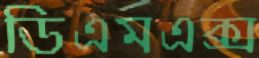
ডিএমএক্স